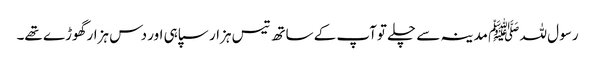
رسو ل للہ ﷺ مدینہ سے چلے توآپ کے ساتھ تیس ہزار سپاہی اور دس ہزار گھوڑے تھے۔